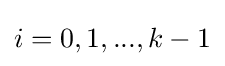
i=0,1,...,k-1